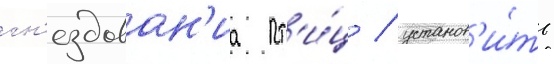
гн'ездован'иа пт'и́ц / установ'и́ть